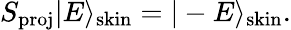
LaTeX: S_{\mathrm{proj}}|E\rangle_{\mathrm{skin}}=|-E\rangle_{\mathrm{skin}}.